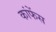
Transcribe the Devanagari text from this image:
कांफेंस